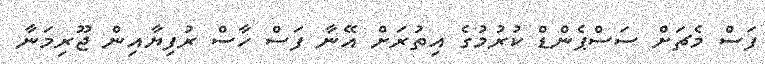
ފަސް މެޗަށް ސަސްޕެންޑް ކުރުމުގެ އިތުރަށް އޭނާ ފަސް ހާސް ރުފިޔާއިން ޖޫރިމަނާ